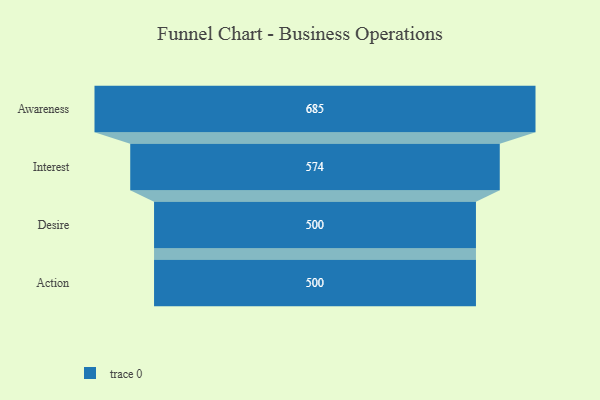
{"axis": {"x": "Stage", "y": "Value"}, "legend": [""], "data": [{"x": "Awareness", "y": 685.0, "type": ""}, {"x": "Interest", "y": 574.0, "type": ""}, {"x": "Desire", "y": 500, "type": ""}, {"x": "Action", "y": 500, "type": ""}]}